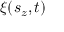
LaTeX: \xi ( s _ { z } , t )